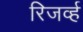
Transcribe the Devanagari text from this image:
रिजर्व्ह